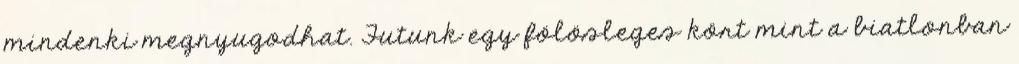
mindenki megnyugodhat. Futunk egy fölösleges kört mint a biatlonban